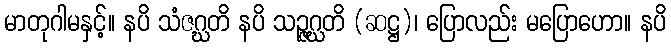
မာတုဂါမနှင့်။ နပိ သံဇဂ္ဃတိ နပိ သဉ္ဇဂ္ဃတိ (ဆဋ္ဌ)၊ ပြောလည်း မပြောဟော။ နပိ